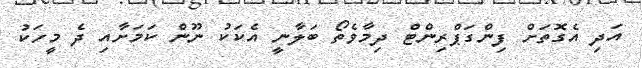
އަދި އެގޮތަށް ފިންގަޕްރިންޓް ދިމާވެތޯ ބަލާނީ އެކަކު ނޫން ކަމަށާއި ދެ މީހަކު